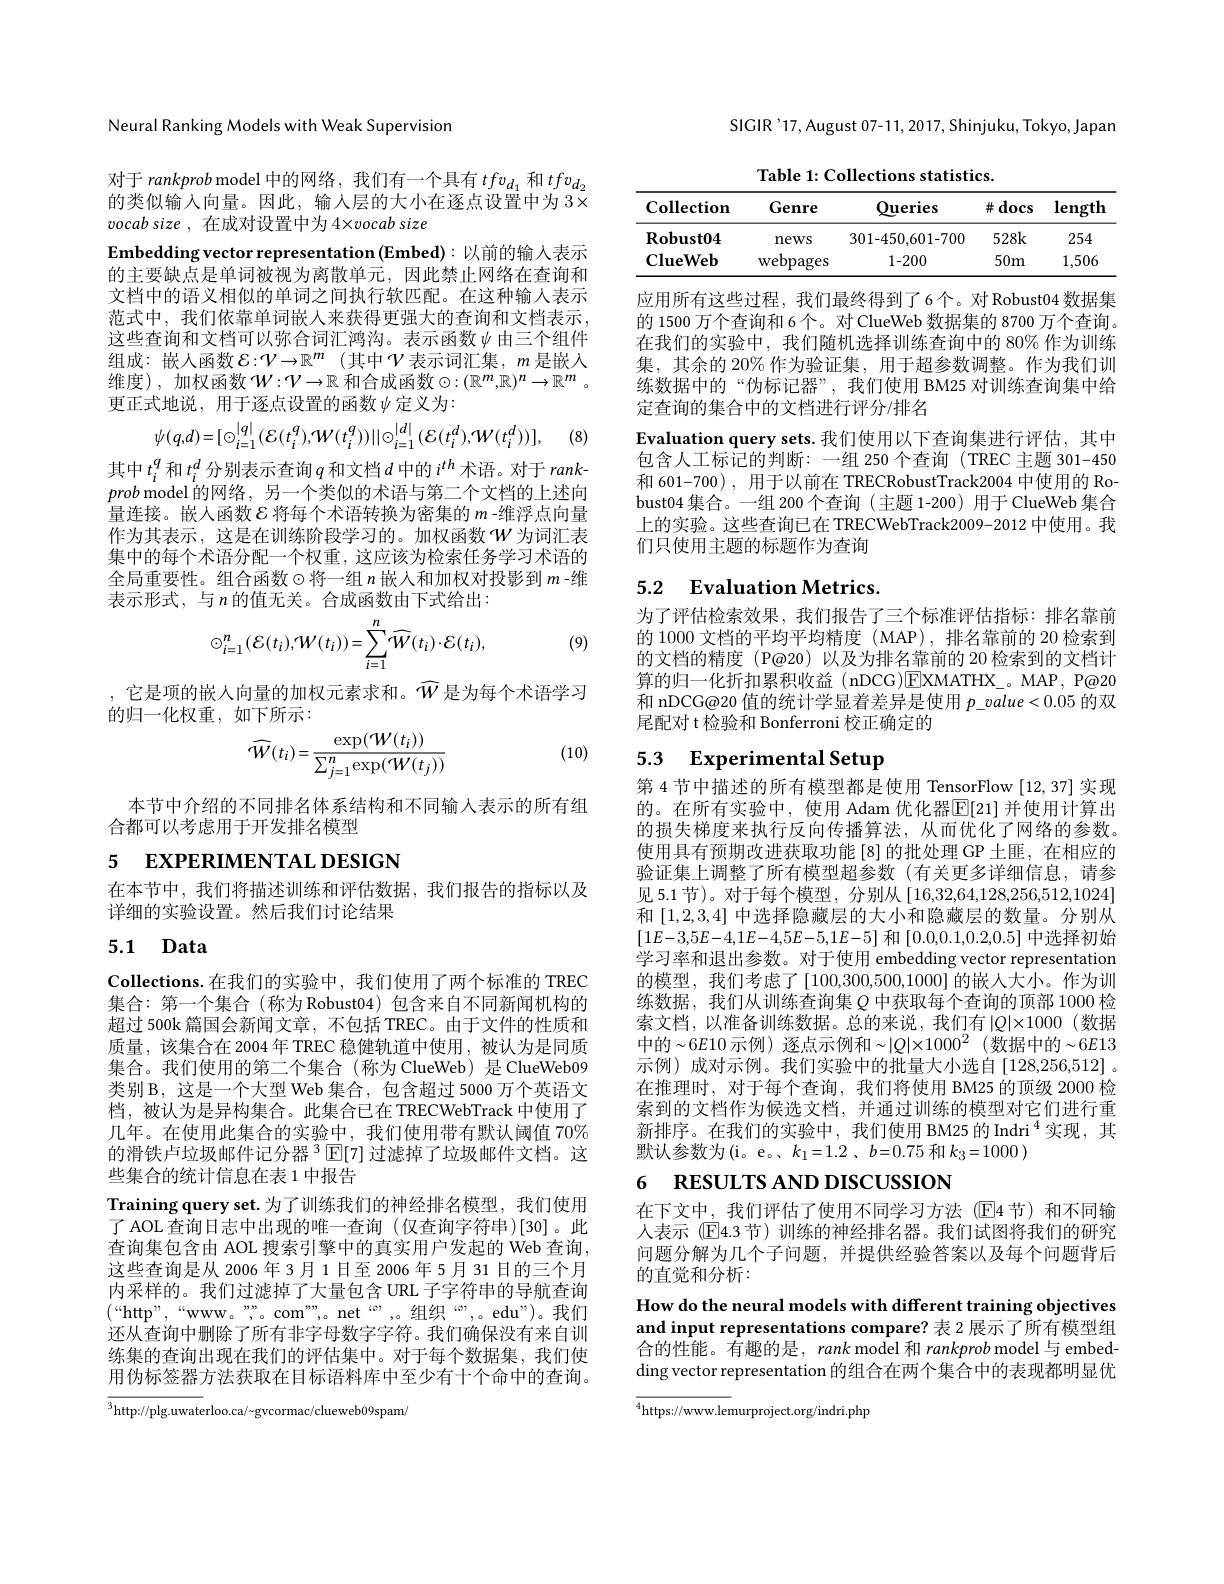
Neural Ranking Models with Weak Supervision

对于 rankprob model 中的网络，我们有一个具有$tfv_{d_1}$和$tfv_{d_2}$ 的类似输入向量。因此，输入层的大小在逐点设置中为 3× vocab size , 在成对设置中为 4×vocab size
Embedding vector representation (Embed): 以前的输入表示的主要缺点是单词被视为离散单元，因此禁止网络在查询和文档中的语义相似的单词之间执行软匹配。在这种输人表示范式中，我们依靠单词嵌人来获得更强大的查询和文档表示， 这些查询和文档可以弥合词汇鸿沟。表示函数$\psi$ 由三个组件组成：嵌人函数 $\mathcal{E} : \mathcal{V} \to \mathbb{R} ^m$ (其中$\mathcal{V}$ 表示词汇集，$m$ 是嵌入维度),加权函数 $\mathcal{W}:\mathcal{V}\to\mathbb{R}$ 和合成函数$\odot:(\mathbb{R}^m,\mathbb{R})^n\to\mathbb{R}^m.$ 更正式地说，用于逐点设置的函数$\psi$定义为2
$$\psi(q,d)=[\odot_{i=1}^{|q|}(\mathcal{E}(t_{i}^{q}),\mathcal{W}(t_{i}^{q}))\|\odot_{i=1}^{|d|}(\mathcal{E}(t_{i}^{d}),\mathcal{W}(t_{i}^{d}))],$$
(8)

其中$t_i^q$和$t_i^d$分别表示查询$q$和文档$d$中的$i^th$术语。对于rankprob model 的网络，另一个类似的术语与第二个文档的上述向量连接。嵌人函数$\mathcal{E}$将每个术语转换为密集的$m$ -维浮点向量作为其表示，这是在训练阶段学习的。加权函数$\mathcal{W}$为词汇表集中的每个术语分配一个权重，这应该为检索任务学习术语的全局重要性。组合函数$\odot$将一组$n$ 嵌人和加权对投影到 $m$ -维表示形式，与$n$ 的值无关。合成函数由下式给出：

(9)
$$\odot_{i=1}^{n}(\mathcal{E}(t_{i}),\mathcal{W}(t_{i}))=\sum_{i=1}^{n}\widehat{\mathcal{W}}(t_{i})\cdot\mathcal{E}(t_{i}),$$
,它是项的嵌人向量的加权元素求和。$\tilde{W}$是为每个术语学习
的归一化权重，如下所示：

(10)
$$\widehat{\mathcal W}(t_i)=\frac{\exp(\mathcal W(t_i))}{\sum_{j=1}^n\exp(\mathcal W(t_j))}$$
本节中介绍的不同排名体系结构和不同输入表示的所有组
合都可以考虑用于开发排名模型

# 5 EXPERIMENTAL DESIGN

在本节中，我们将描述训练和评估数据，我们报告的指标以及
详细的实验设置。然后我们讨论结果

# 5.1 Data

Collections.在我们的实验中，我们使用了两个标准的 TREC 集合：第一个集合(称为Robust04)包含来自不同新闻机构的超过 500k 篇国会新闻文章，不包括 TREC。由于文件的性质和质量，该集合在 2004 年 TREC 稳健轨道中使用，被认为是同质集合。我们使用的第二个集合(称为 ClueWeb) 是 ClueWeb09类别 B, 这是一个大型 Web 集合，包含超过 5000 万个英语文档，被认为是异构集合。此集合已在 TRECWebTrack 中使用了几年。在使用此集合的实验中，我们使用带有默认阈值 70% 的滑铁卢垃圾邮件记分器$^{3}\mathbb{E}[7]$过滤掉了垃圾邮件文档。这些集合的统计信息在表 1 中报告
Training query set.为了训练我们的神经排名模型，我们使用了 AOL 查询日志中出现的唯一查询 (仅查询字符串)[30]。此查询集包含由 AOL 搜索引擎中的真实用户发起的 Web 查询， 这些查询是从 2006年 3月 1日至 2006 年 5月 31 日的三个月内采样的。我们过滤掉了大量包含 URL 子字符串的导航查询$(“$http”,“www。””,。com””,。net”,。组织“”,。edu”)。我们还从查询中删除了所有非字母数字字符。我们确保没有来自训练集的查询出现在我们的评估集中。对于每个数据集，我们使用伪标签器方法获取在目标语料库中至少有十个命中的查询。

$\overline{^3\text{http:}//\mathrm{plg.uwaterloo.ca/~gvcormac/clueweb09spam}}$

SIGIR'17, August 07-11, 2017, Shinjuku, Tokyo, Japan

Table 1: Collections statistics.
<table>
	<tbody>
		<tr>
			<th>$\mathbf{Collection}$</th>
			<th>Genre</th>
			<th>Queries</th>
			<th>$\#$docs</th>
			<th>length</th>
		</tr>
		<tr>
			<td>$\mathbf{Robust04}$</td>
			<td>${\mathrm{news}}$</td>
			<td>301-450,601-700</td>
			<td>528k</td>
			<td>254</td>
		</tr>
		<tr>
			<td>$\mathbf{ClueWeb}$</td>
			<td>${\mathrm{webpages}}$</td>
			<td>1-200</td>
			<td>$50m$</td>
			<td>1,506</td>
		</tr>
	</tbody>
</table>

应用所有这些过程，我们最终得到了6个。对 Robust04 数据集的 1500 万个查询和 6个。对 ClueWeb 数据集的 8700 万个查询。在我们的实验中，我们随机选择训练查询中的 80% 作为训练集，其余的 20% 作为验证集，用于超参数调整。作为我们训练数据中的“伪标记器”,我们使用 BM25 对训练查询集中给定查询的集合中的文档进行评分/排名
Evaluation query sets. 我们使用以下查询集进行评估，其中包含人工标记的判断：一组 250 个查询 (TREC 主题 301-450和 601-700), 用于以前在 TRECRobustTrack2004 中使用的 Robust04 集合。一组 200 个查询(主题 1-200) 用于 ClueWeb 集合上的实验。这些查询已在 TRECWebTrack2009-2012 中使用。我们只使用主题的标题作为查询

# 5.2 $\textbf{Evaluation Metrics}.$

为了评估检索效果，我们报告了三个标准评估指标：排名靠前的 1000 文档的平均平均精度 (MAP),排名靠前的 20 检索到的文档的精度 (P@20)以及为排名靠前的 20 检索到的文档计算的归一化折扣累积收益 (nDCG)EXMATHX\_。MAP, P@20和 nDCG@20 值的统计学显着差异是使用$p_{-value}<0.05$的双尾配对 t 检验和 Bonferroni 校正确定的

# 5.3 Experimental Setup

第 4 节中描述的所有模型都是使用 TensorFlow [12,37] 实现的。在所有实验中，使用 Adam 优化器$\overline{\mathbb{E}}[21]$ 并使用计算出的损失梯度来执行反向传播算法，从而优化了网络的参数。使用具有预期改进获取功能[8]的批处理 GP 土匪，在相应的验证集上调整了所有模型超参数(有关更多详细信息，请参见 5.1 节)。对于每个模型，分别从[16,32,64,128,256,512,1024] 和[1,2,3,4]中选择隐藏层的大小和隐藏层的数量。分别从$[1E-3,5E-4,1E-4,5E-5,1E-5]$ 和[0.0,0.1,0.2,0.5] 中选择初始学习率和退出参数。对于使用 embedding vector representation 的模型，我们考虑了[100,300,500,1000] 的嵌人大小。作为训练数据，我们从训练查询集$Q$ 中获取每个查询的顶部 1000 检索文档，以准备训练数据。总的来说，我们有$|Q|\times1000$(数据中的~6E10 示例) 逐点示例和$\sim|Q|\times1000^2$(数据中的~6E13示例)成对示例。我们实验中的批量大小选自[128,256,512]。在推理时，对于每个查询，我们将使用 BM25 的顶级 2000 检索到的文档作为候选文档，并通过训练的模型对它们进行重新排序。在我们的实验中，我们使用 BM25 的 Indri $^{4}$实现，其默认参数为(i。e。、$k_1= 1. 2$ $, b= 0. 75$ 和$k_3=1000)$

# 6 RESULTS AND DISCUSSION

在下文中，我们评估了使用不同学习方法(E4节)和不同输人表示 (E4.3节)训练的神经排名器。我们试图将我们的研究问题分解为几个子问题，并提供经验答案以及每个问题背后的直觉和分析：

How do the neural models with different training objectives and input representations compare? 表 2 展示了所有模型组合的性能。有趣的是，rank model 和rankprob model 与 embedding vector representation 的组合在两个集合中的表现都明显优

${\overline{^4\text{https://www.lemurproject.org/indri.php}}}$